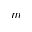
m